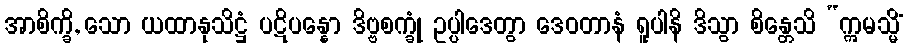
အာစိက္ခိ, သော ယထာနုသိဋ္ဌံ ပဋိပန္နော ဒိဗ္ဗစက္ခုံ ဥပ္ပါဒေတွာ ဒေဝတာနံ ရူပါနိ ဒိသွာ စိန္တေသိ “ဣမသ္မိံ